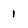
Character: I